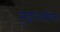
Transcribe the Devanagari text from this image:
मुछालसोबत